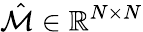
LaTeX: \hat{\mathcal{M}}\in\mathbb{R}^{N\times N}